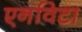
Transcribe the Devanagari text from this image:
एनविटा